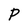
Character: P